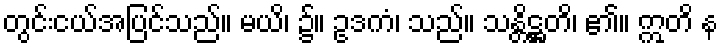
တွင်းငယ်အပြင်သည်။ မယိ၊ ၌။ ဥဒကံ၊ သည်။ သန္တိဋ္ဌတိ၊ ၏။ ဣတိ န